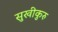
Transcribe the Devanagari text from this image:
सुखीकुरु